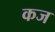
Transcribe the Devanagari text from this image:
कज